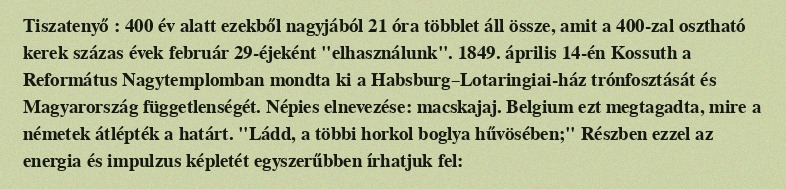
Tiszatenyő : 400 év alatt ezekből nagyjából 21 óra többlet áll össze, amit a 400-zal osztható kerek százas évek február 29-éjeként "elhasználunk". 1849. április 14-én Kossuth a Református Nagytemplomban mondta ki a Habsburg–Lotaringiai-ház trónfosztását és Magyarország függetlenségét. Népies elnevezése: macskajaj. Belgium ezt megtagadta, mire a németek átlépték a határt. "Ládd, a többi horkol boglya hűvösében;" Részben ezzel az energia és impulzus képletét egyszerűbben írhatjuk fel: